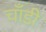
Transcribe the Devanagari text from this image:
चाँडी